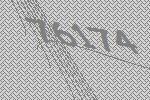
76174